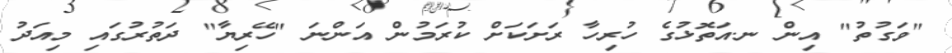
"ވަގުތު" އިން ނ.އަތޮޅުގެ ހުރިހާ ރަށަކަށް ކުރަމުން އަންނަ "ހޭރިޔާ" ދަތުރުގައި މިއަދު